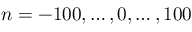
n = - 1 0 0 , \ldots , 0 , \ldots , 1 0 0